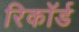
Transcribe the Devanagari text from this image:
रिकाॅर्ड